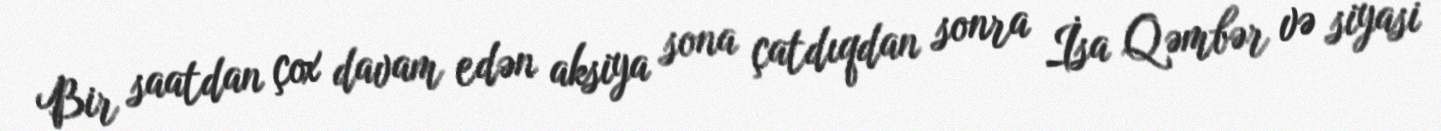
Bir saatdan çox davam edən aksiya sona çatdıqdan sonra İsa Qəmbər və siyasi